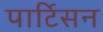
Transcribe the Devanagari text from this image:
पार्टिसन